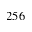
2 5 6